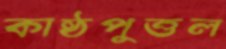
কাষ্ঠপুত্তল